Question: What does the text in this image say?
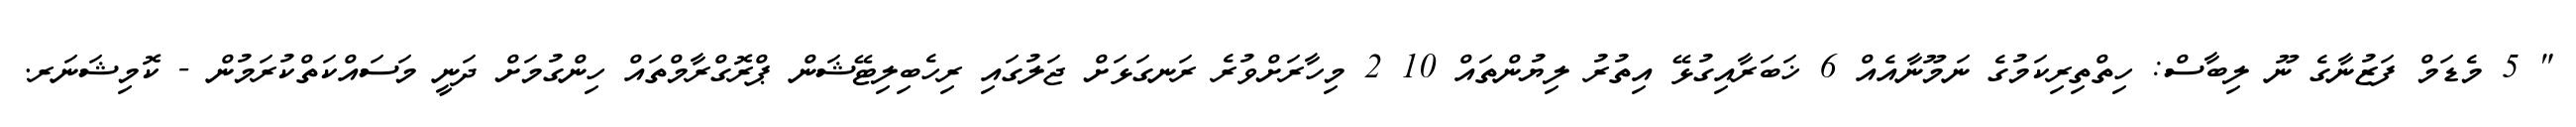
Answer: " 5 މެޑަމް ފަޒުނާގެ ނޫ ލިބާސް: ހިތްތިރިކަމުގެ ނަމޫނާއެއް 6 ޚަބަރާއިގުޅޭ އިތުރު ލިޔުންތައް 10 2 މިހާރަށްވުރެ ރަނގަޅަށް ޖަލުގައި ރިހެބިލިޓޭޝަން ޕްރޮގްރާމްތައް ހިންގުމަށް ދަނީ މަސައްކަތްކުރަމުން - ކޮމިޝަނަރ.